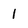
Character: 1